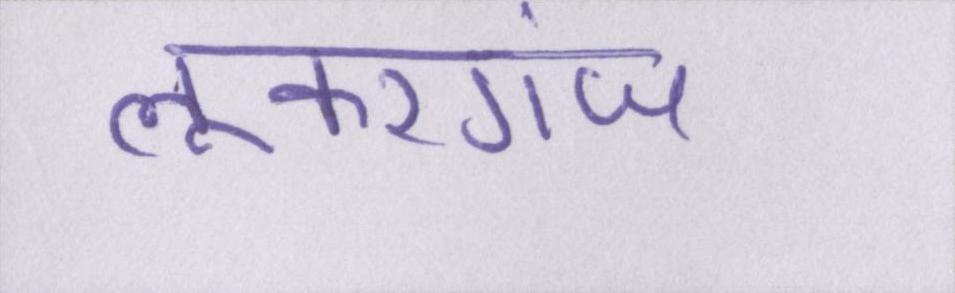
लूकरगंज